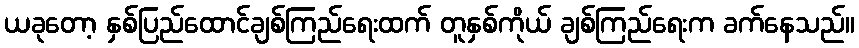
ယခုတော့ နှစ်ပြည်ထောင်ချစ်ကြည်ရေးထက် တူနှစ်ကိုယ် ချစ်ကြည်ရေးက ခက်နေသည်။